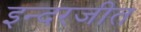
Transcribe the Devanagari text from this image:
इन्दरजीत